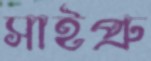
সাইপ্রু